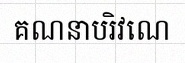
គណនាបរិវេណ